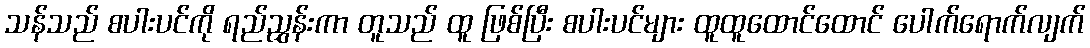
သန်သည် စပါးပင်ကို ရည်ညွှန်းကာ တူသည် ထူ ဖြစ်ပြီး စပါးပင်များ ထူထူထောင်ထောင် ပေါက်ရောက်လျက်